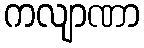
ကလျာဏာ